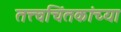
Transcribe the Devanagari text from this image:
तत्त्वचिंतकांच्या